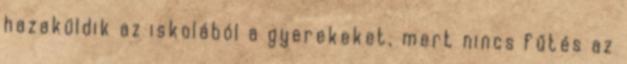
hazaküldik az iskolából a gyerekeket, mert nincs fűtés az